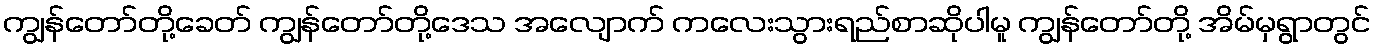
ကျွန်တော်တို့ခေတ် ကျွန်တော်တို့ဒေသ အလျောက် ကလေးသွားရည်စာဆိုပါမူ ကျွန်တော်တို့ အိမ်မှရွာတွင်